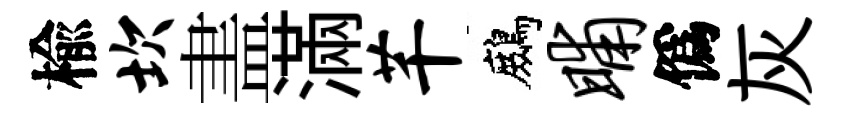
楡坎𥁞滿芊鷓晡僞灰